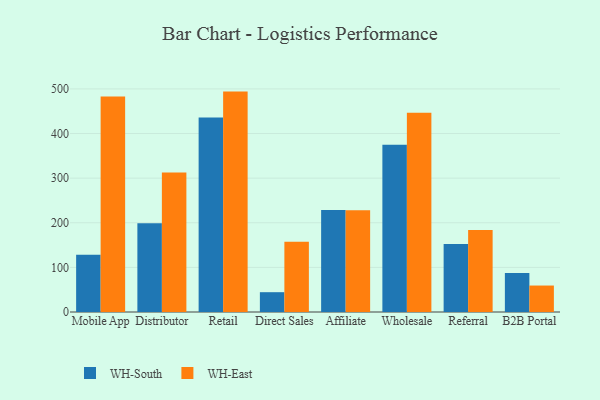
{"axis": {"x": "Channel", "y": "Energy Usage (MWh)"}, "legend": ["WH-East", "WH-South"], "data": [{"x": "Mobile App", "y": 128.4, "type": "WH-South"}, {"x": "Mobile App", "y": 483.0, "type": "WH-East"}, {"x": "Distributor", "y": 199.0, "type": "WH-South"}, {"x": "Distributor", "y": 312.7, "type": "WH-East"}, {"x": "Retail", "y": 436.0, "type": "WH-South"}, {"x": "Retail", "y": 494.0, "type": "WH-East"}, {"x": "Direct Sales", "y": 44.4, "type": "WH-South"}, {"x": "Direct Sales", "y": 157.4, "type": "WH-East"}, {"x": "Affiliate", "y": 228.8, "type": "WH-South"}, {"x": "Affiliate", "y": 227.9, "type": "WH-East"}, {"x": "Wholesale", "y": 374.9, "type": "WH-South"}, {"x": "Wholesale", "y": 446.5, "type": "WH-East"}, {"x": "Referral", "y": 152.3, "type": "WH-South"}, {"x": "Referral", "y": 183.6, "type": "WH-East"}, {"x": "B2B Portal", "y": 87.2, "type": "WH-South"}, {"x": "B2B Portal", "y": 59.3, "type": "WH-East"}]}